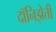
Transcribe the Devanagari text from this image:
दॉनिझेत्ती